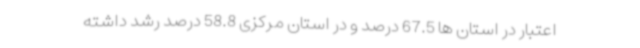
اعتبار در استان ها 67.5 درصد و در استان مرکزی 58.8 درصد رشد داشته